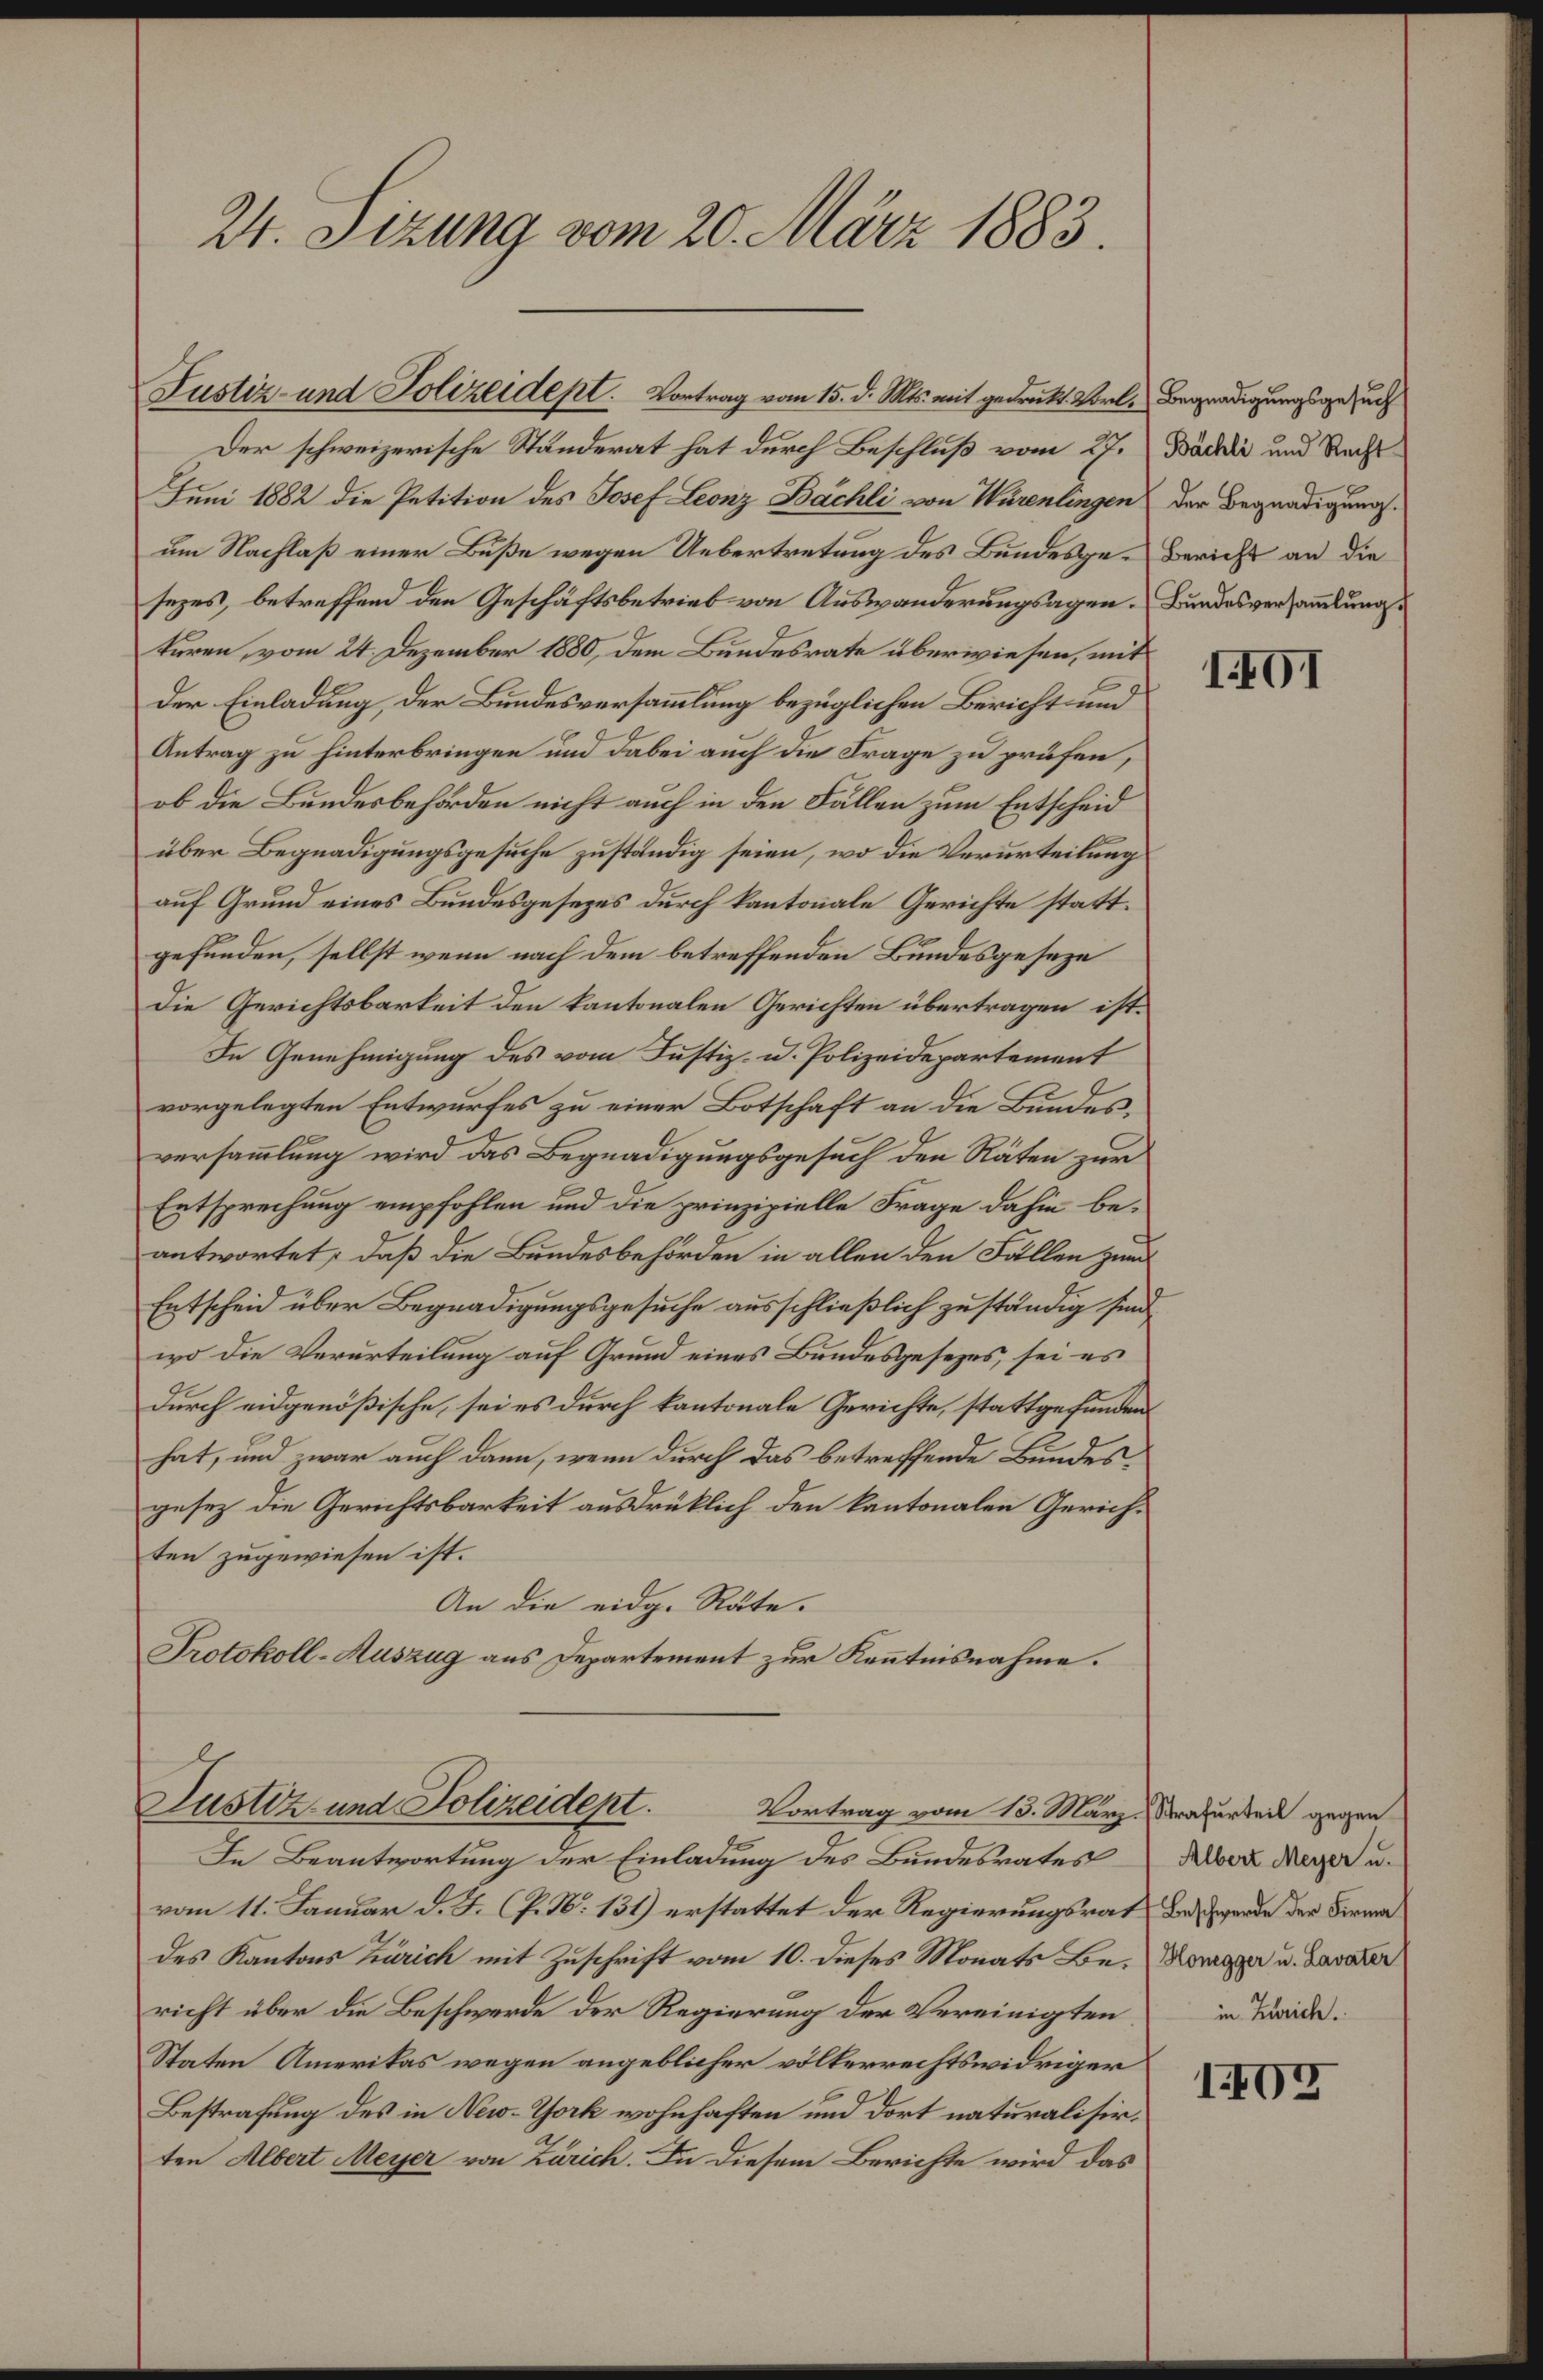
24. Sizung vom 20. März 1883.

Justiz- und Polizeidept. Vortrag vom 15. d. Mts. mit gedruckt. Vorte Begnadigungsgesuch
Der schweizerische Ständerat hat durch Beschluß vom 27. Bächli und Rechts
Juni 1882 die Petition des Josef Leonz Bächli von Würenlingen der Begnadigung.
um Nachlaß einer Buße wegen Uebertretung des Bundesge-Bericht an die
sezes, betreffend den Geschäftsbetrieb von Auswanderungsagen. Bundesversammlung
turen, vom 24. Dezember 1880, dem Bundesrate überwiesen, mit
Der Einladung, der Bundesversammlung bezüglichen Bericht und
Antrag zu hinterbringen und dabei auch die Frage zu prüfen,
ob die Bundesbehörden nicht auch in den Fällen zum Entscheid
über Begnadigungsgesuche zuständig seien, wo die Verurteilung
auf Grund eines Bundesgesezes durch kantonale Gerichte stattgefunden, selbst wenn nach dem betreffenden Bundesgeseze
Die Gerichtsbarkeit den kantonalen Gerichten übertragen ist.
In Genehmigung des vom Justiz- u. Polizeidepartement
vorgelegten Entwurfes zu einer Botschaft an die Bundesversammlung wird das Begnadigungsgesuch den Räten zur
Entsprechung empfohlen und die prinzipielle Frage dahin beantwortet, daß die Bundesbehörden in allen den Fällen zum
Entscheid über Begnadigungsgesuche ausschließlich zuständig sind,
wo die Verurteilung auf Grund eines Bundesgesezes, sei es
durch eidgenößische, sei es durch kantonale Gerichte, stattgefunden
hat, und war auch dann, wenn durch das betreffende Bundesgesez die Gerichtsbarkeit ausdrücklich den kantonalen Gerichten zugewiesen ist.
An die eidg. Räte.
Protokoll-Auszug aus Departement zur Kenntnisnahme.

Justiz- und Polizeident.
Vortrag vom 13. März. Strafurteil gegen

In Beantwortung der Einladung des Bundesrates
vom 11. Januar d. J. P. N. 131) erstattet der Regierungsrat des werde der Firma
des Kantons Zürich mit Zuschrift vom 10. dieses Monats Be- Kowager u. Lavater
richt über die Beschwerde der Regierung der Vereinigten
Staten Amerikas wegen angeblicher volkerrechtswidriger
Bestrafung des in New-York wohnhaften und dort naturalisirten Albert Meyer von Zürich. In diesem Berichte wird das

IG1

Albert Meyer u.
in Zürich.

1405